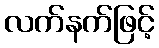
လက်နက်ဖြင့်